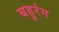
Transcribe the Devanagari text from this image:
बहुरंग